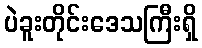
ပဲခူးတိုင်းဒေသကြီးရှိ